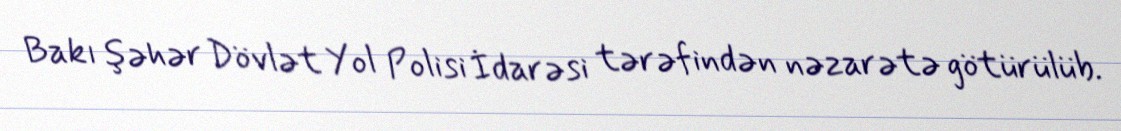
Bakı şəhər Dövlət Yol Polisi İdarəsi tərəfindən nəzarətə götürülüb.